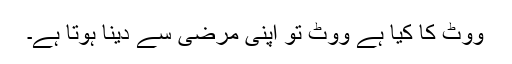
ووٹ کا کیا ہے ووٹ تو اپنی مرضی سے دینا ہوتا ہے۔